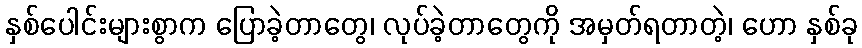
နှစ်ပေါင်းများစွာက ပြောခဲ့တာတွေ၊ လုပ်ခဲ့တာတွေကို အမှတ်ရတာတဲ့၊ ဟော နှစ်ခု